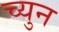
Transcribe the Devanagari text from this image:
च्युन